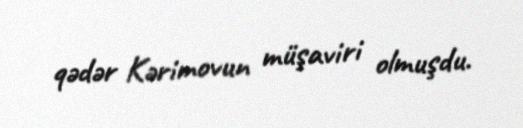
qədər Kərimovun müşaviri olmuşdu.